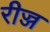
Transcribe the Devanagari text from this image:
रीज्ज